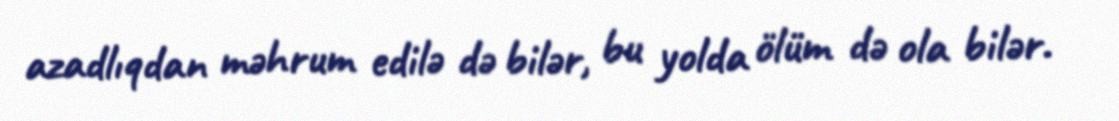
azadlıqdan məhrum edilə də bilər, bu yolda ölüm də ola bilər.